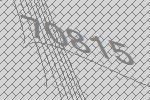
70815